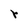
Character: r